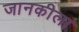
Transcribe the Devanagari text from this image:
जानकीला